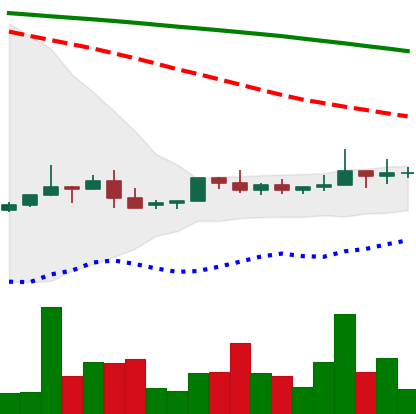
Ticker: NEO-USD
Chart end date: 2022-06-09
Forward return: -19.271%
Label: down_7plus